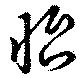
怡